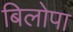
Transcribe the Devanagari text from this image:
बिलोपा